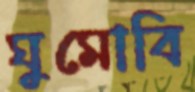
ঘুমোবি